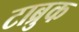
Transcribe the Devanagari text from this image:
टाब्रुक